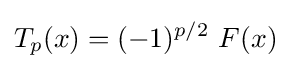
T_{p}(x)=(-1)^{p/2}\ F(x)